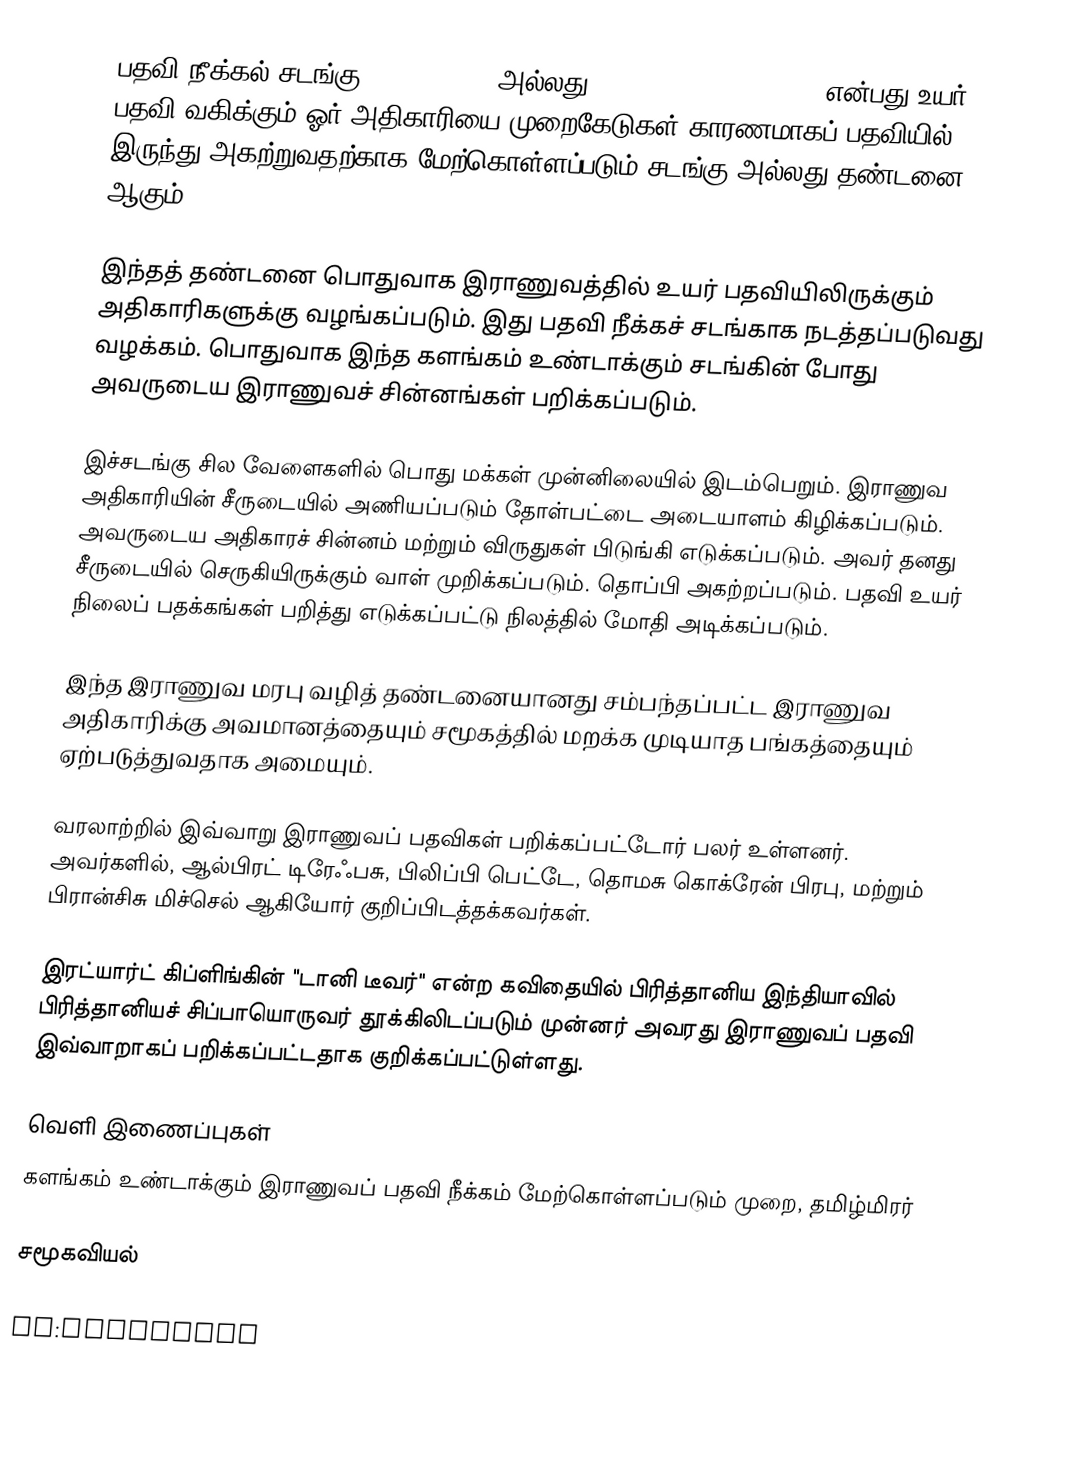
பதவி நீக்கல் சடங்கு (Cashiering, அல்லது degradation ceremony), என்பது உயர் பதவி வகிக்கும் ஓர் அதிகாரியை முறைகேடுகள் காரணமாகப் பதவியில் இருந்து அகற்றுவதற்காக மேற்கொள்ளப்படும் சடங்கு அல்லது தண்டனை ஆகும்.

இந்தத் தண்டனை பொதுவாக இராணுவத்தில் உயர் பதவியிலிருக்கும் அதிகாரிகளுக்கு வழங்கப்படும். இது பதவி நீக்கச் சடங்காக நடத்தப்படுவது வழக்கம். பொதுவாக இந்த களங்கம் உண்டாக்கும் சடங்கின் போது அவருடைய இராணுவச் சின்னங்கள் பறிக்கப்படும்.

இச்சடங்கு சில வேளைகளில் பொது மக்கள் முன்னிலையில் இடம்பெறும். இராணுவ அதிகாரியின் சீருடையில் அணியப்படும் தோள்பட்டை அடையாளம் கிழிக்கப்படும். அவருடைய அதிகாரச் சின்னம் மற்றும் விருதுகள் பிடுங்கி எடுக்கப்படும். அவர் தனது சீருடையில் செருகியிருக்கும் வாள் முறிக்கப்படும். தொப்பி அகற்றப்படும். பதவி உயர் நிலைப் பதக்கங்கள் பறித்து எடுக்கப்பட்டு நிலத்தில் மோதி அடிக்கப்படும்.

இந்த இராணுவ மரபு வழித் தண்டனையானது சம்பந்தப்பட்ட இராணுவ அதிகாரிக்கு அவமானத்தையும் சமூகத்தில் மறக்க முடியாத பங்கத்தையும் ஏற்படுத்துவதாக அமையும்.

வரலாற்றில் இவ்வாறு இராணுவப் பதவிகள் பறிக்கப்பட்டோர் பலர் உள்ளனர். அவர்களில், ஆல்பிரட் டிரேஃபசு, பிலிப்பி பெட்டே, தொமசு கொக்ரேன் பிரபு, மற்றும் பிரான்சிசு மிச்செல் ஆகியோர் குறிப்பிடத்தக்கவர்கள்.

இரட்யார்ட் கிப்ளிங்கின் "டானி டீவர்" என்ற கவிதையில் பிரித்தானிய இந்தியாவில் பிரித்தானியச் சிப்பாயொருவர் தூக்கிலிடப்படும் முன்னர் அவரது இராணுவப் பதவி இவ்வாறாகப் பறிக்கப்பட்டதாக குறிக்கப்பட்டுள்ளது.

வெளி இணைப்புகள்
களங்கம் உண்டாக்கும் இராணுவப் பதவி நீக்கம் மேற்கொள்ளப்படும் முறை, தமிழ்மிரர்

சமூகவியல்

ca:Deposició